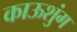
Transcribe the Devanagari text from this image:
काऊशुंग